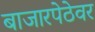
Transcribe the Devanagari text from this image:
बाजारपेठेवर